Indian journal of veterinary science and animal husbandry - Volumes 22-23, 1952-1953
Year: 1952
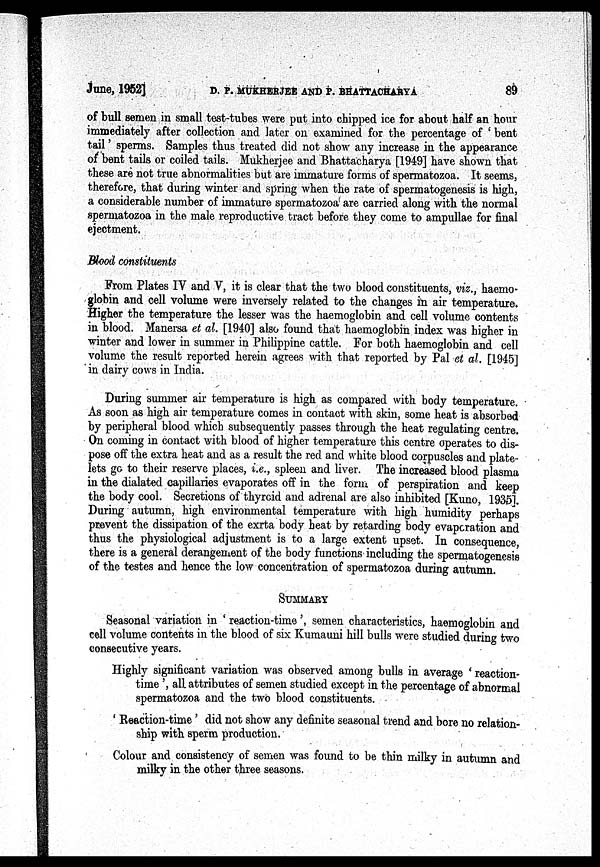
June, 1952] D. P. MUKHERJEE AND P. BHATTACHARYA 89
of bull semen in small test-tubes were put into chipped ice for about half an hour
immediately after collection and later on examined for the percentage of ' bent
tail' sperms. Samples thus treated did not show any increase in the appearance
of bent tails or coiled tails. Mukherjee and Bhattacharya [1949] have shown that
these are not true abnormalities but are immature forms of spermatozoa. It seems,
therefore, that during winter and spring when the rate of spermatogenesis is high,
a considerable number of immature spermatozoa are carried along with the normal
spermatozoa in the male reproductive tract before they come to ampullae for final
ejectment.
Blood constituents
From Plates IV and V, it is clear that the two blood constituents, viz., haemo-
globin and cell volume were inversely related to the changes in air temperature.
Higher the temperature the lesser was the haemoglobin and cell volume contents
in blood. Manersa et al. [1940] also found that haemoglobin index was higher in
winter and lower in summer in Philippine cattle. For both haemoglobin and cell
volume the result reported herein agrees with that reported by Pal et al. [1945]
in dairy cows in India.
During summer air temperature is high as compared with body temperature.
As soon as high air temperature comes in contact with skin, some heat is absorbed
by peripheral blood which subsequently passes through the heat regulating centre.
On coming in contact with blood of higher temperature this centre operates to dis-
pose off the extra heat and as a result the red and white blood corpuscles and plate-
lets go to their reserve places, i.e., spleen and liver. The increased blood plasma
in the dialated capillaries evaporates off in the form of perspiration and keep
the body cool. Secretions of thyroid and adrenal are also inhibited [Kuno, 1935].
During autumn, high environmental temperature with high humidity perhaps
prevent the dissipation of the exrta body heat by retarding body evaporation and
thus the physiological adjustment is to a large extent upset. In consequence,
there is a general derangement of the body functions including the spermatogenesis
of the testes and hence the low concentration of spermatozoa during autumn.
SUMMARY
Seasonal variation in ' reaction-time', semen characteristics, haemoglobin and
cell volume contents in the blood of six Kumauni hill bulls were studied during two
consecutive years.
Highly significant variation was observed among bulls in average ' reaction-
time ', all attributes of semen studied except in the percentage of abnormal
spermatozoa and the two blood constituents.
Reaction-time' did not show any definite seasonal trend and bore no relation-
ship with sperm production.
Colour and consistency of semen was found to be thin milky in autumn and
milky in the other three seasons.